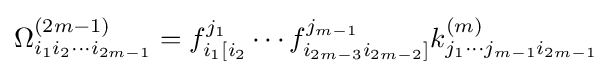
\Omega _{i_{1}i_{2}\cdots i_{2m-1}}^{(2m-1)}=f_{i_{1}[i_{2}}^{j_{1}}\cdots f_{i_{2m-3}i_{2m-2}]}^{j_{m-1}}k_{j_{1}\cdots j_{m-1}i_{2m-1}}^{(m)}